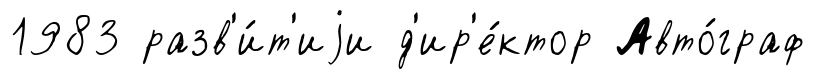
1983 разв'и́т'иjи д'ир'е́ктор Авто́граф